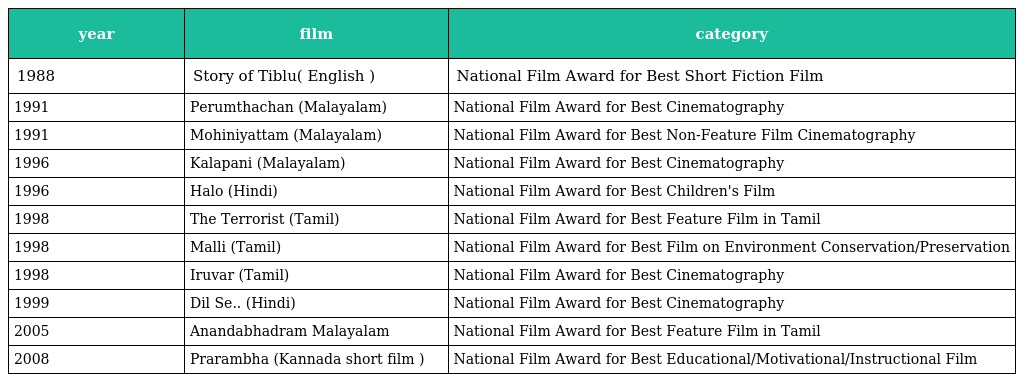
| year | film | category |
 | --- | --- | --- |
 | 1988 | Story of Tiblu( English ) | National Film Award for Best Short Fiction Film |
 | 1991 | Perumthachan (Malayalam) | National Film Award for Best Cinematography |
 | 1991 | Mohiniyattam (Malayalam) | National Film Award for Best Non-Feature Film Cinematography |
 | 1996 | Kalapani (Malayalam) | National Film Award for Best Cinematography |
 | 1996 | Halo (Hindi) | National Film Award for Best Children's Film |
 | 1998 | The Terrorist (Tamil) | National Film Award for Best Feature Film in Tamil |
 | 1998 | Malli (Tamil) | National Film Award for Best Film on Environment Conservation/Preservation |
 | 1998 | Iruvar (Tamil) | National Film Award for Best Cinematography |
 | 1999 | Dil Se.. (Hindi) | National Film Award for Best Cinematography |
 | 2005 | Anandabhadram Malayalam | National Film Award for Best Feature Film in Tamil |
 | 2008 | Prarambha (Kannada short film ) | National Film Award for Best Educational/Motivational/Instructional Film |